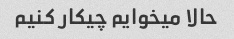
حالا میخوایم چیکار کنیم